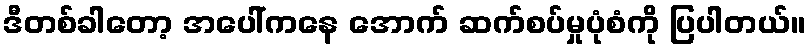
ဒီတစ်ခါတော့ အပေါ်ကနေ အောက် ဆက်စပ်မှုပုံစံကို ပြပါတယ်။